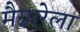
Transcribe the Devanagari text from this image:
मैग्नारेला